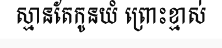
ស្មានតែកូនយំ ព្រោះខ្មាស់